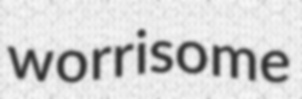
worrisome